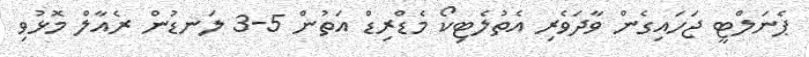
ޕެނަލްޓީ ޖަހައިގެން ވާދަވެރި އެތުލެޓިކޯ މެޑްރިޑް އަތުން 5-3 ލަނޑުން ރެއާލް މޮޅުވި